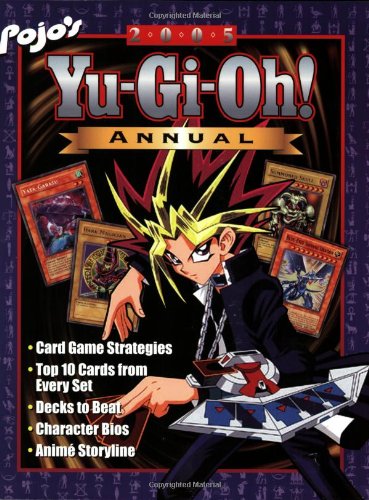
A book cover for Pojo's 2005 Yu-Gi-Oh! Annual; Bill "Pojo" Gill; Science Fiction & Fantasy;